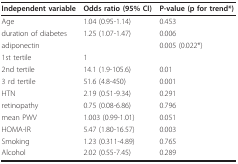
<table><thead><tr><td><b>Independent variable</b></td><td><b>Odds ratio (95% CI)</b></td><td><b>P-value (p for trend*)</b></td></tr></thead><tbody><tr><td>Age</td><td>1.04 (0.95-1.14)</td><td>0.453</td></tr><tr><td>duration of diabetes</td><td>1.25 (1.07-1.47)</td><td>0.006</td></tr><tr><td>adiponectin</td><td></td><td>0.005 (0.022*)</td></tr><tr><td>1st tertile</td><td>1</td><td></td></tr><tr><td>2nd tertile</td><td>14.1 (1.9-105.6)</td><td>0.01</td></tr><tr><td>3 rd tertile</td><td>51.6 (4.8-450)</td><td>0.001</td></tr><tr><td>HTN</td><td>2.19 (0.51-9.34)</td><td>0.291</td></tr><tr><td>retinopathy</td><td>0.75 (0.08-6.86)</td><td>0.796</td></tr><tr><td>mean PWV</td><td>1.003 (0.99-1.01)</td><td>0.051</td></tr><tr><td>HOMA-IR</td><td>5.47 (1.80-16.57)</td><td>0.003</td></tr><tr><td>Smoking</td><td>1.23 (0.311-4.89)</td><td>0.765</td></tr><tr><td>Alcohol</td><td>2.02 (0.55-7.45)</td><td>0.289</td></tr></tbody></table>